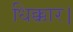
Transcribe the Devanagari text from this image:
धिक्कार।